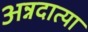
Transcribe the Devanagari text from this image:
अन्नदात्या